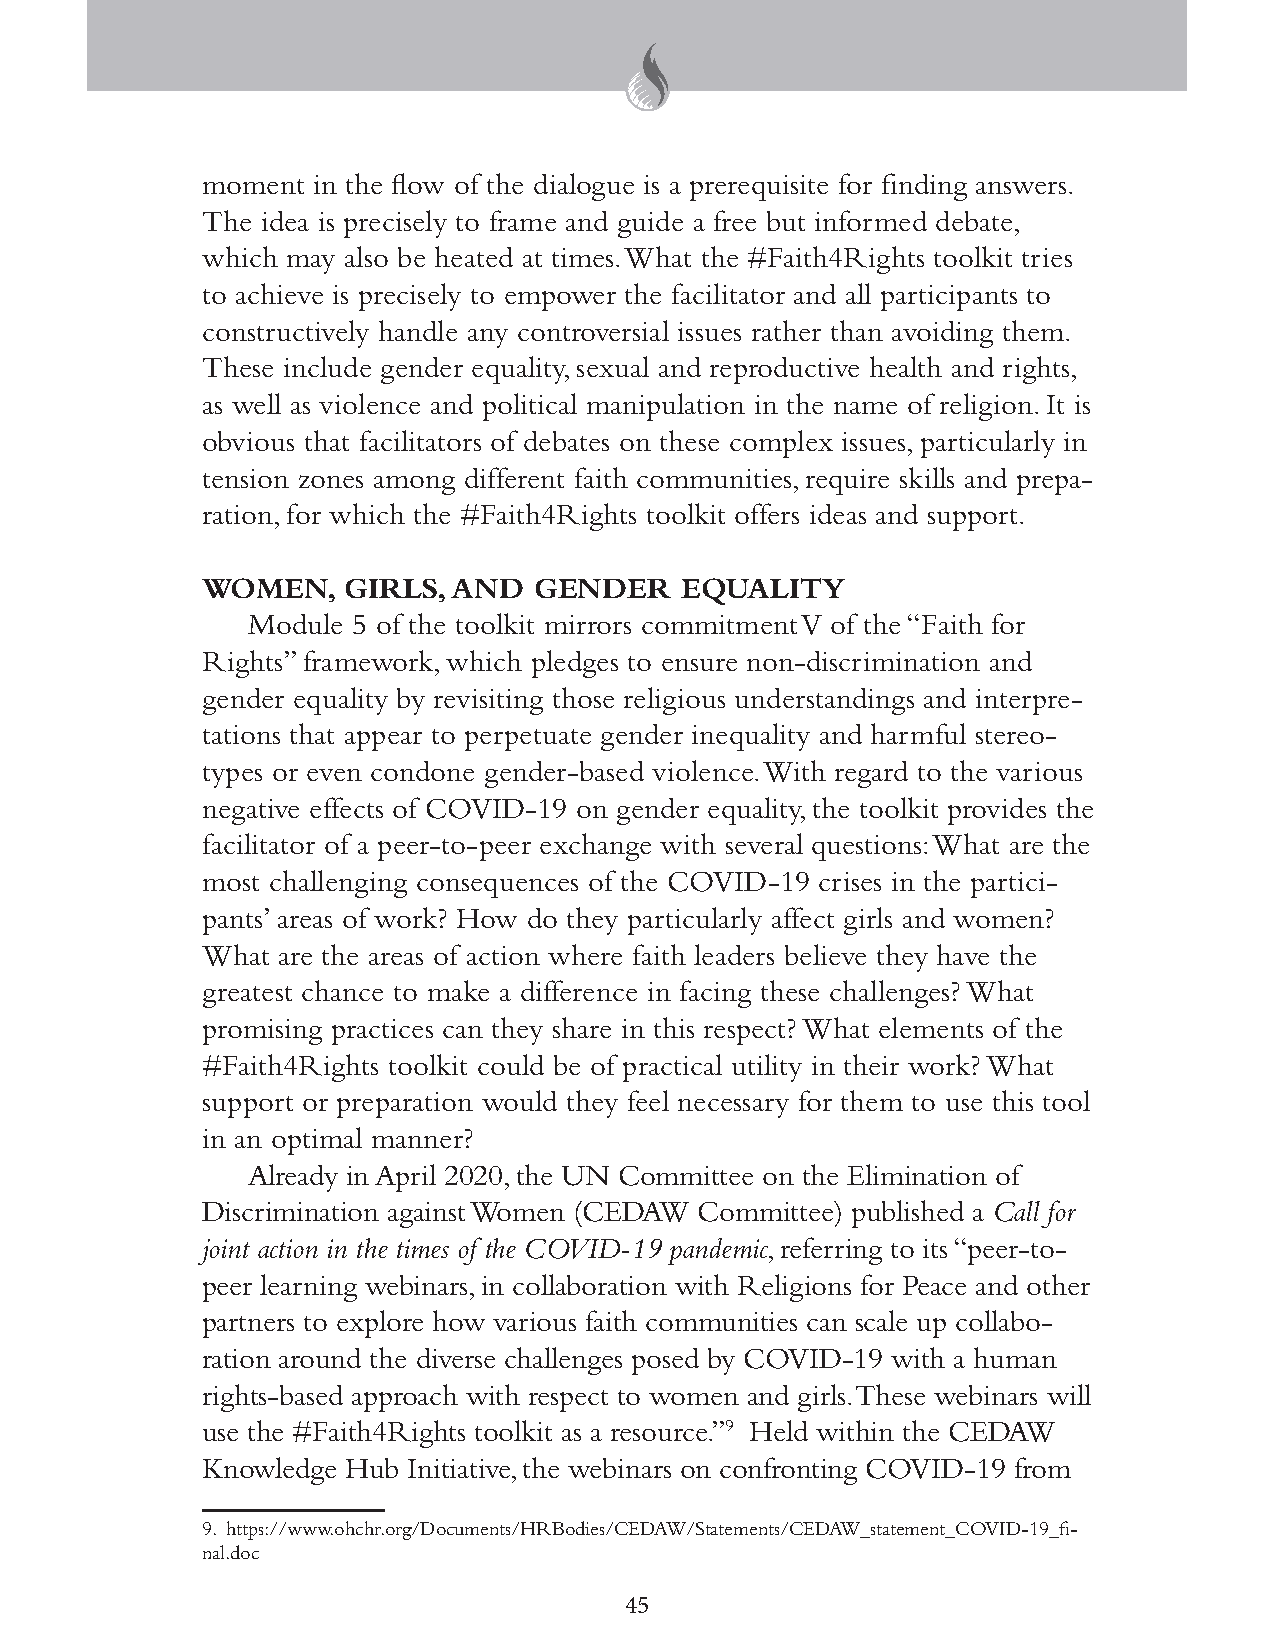
moment  in the flow of the dialogue is a prerequisite for finding answers.
 The idea is precisely to frame and guide a free but informed debate,
 which may also be heated at times. What the #Faith4Rights toolkit tries
 to achieve is precisely to empower the facilitator and all participants to
 constructively handle any controversial issues rather than avoiding them.
 These include gender equality, sexual and reproductive health and rights,
 as well as violence and political manipulation in the name of religion. It is
 obvious that facilitators of debates on these complex issues, particularly in
 tension zones among different faith communities, require skills and prepa-
 ration, for which the #Faith4Rights toolkit offers ideas and support.
 WOMEN,    GIRLS, AND  GENDER    EQUALITY
 Module 5 of the toolkit mirrors commitment V of the “Faith for
 Rights” framework, which pledges to ensure non-discrimination and
 gender equality by revisiting those religious understandings and interpre-
 tations that appear to perpetuate gender inequality and harmful stereo-
 types or even condone gender-based violence. With regard to the various
 negative effects of COVID-19 on gender equality, the toolkit provides the
 facilitator of a peer-to-peer exchange with several questions: What are the
 most challenging consequences of the COVID-19 crises in the partici-
 pants’ areas of work? How do they particularly affect girls and women?
 What are the areas of action where faith leaders believe they have the
 greatest chance to make a difference in facing these challenges? What
 promising practices can they share in this respect? What elements of the
 #Faith4Rights toolkit could be of practical utility in their work? What
 support or preparation would they feel necessary for them to use this tool
 in an optimal manner?
 Already in April 2020, the UN Committee on the Elimination of
 Discrimination against Women (CEDAW Committee) published a Call for
 joint action in the times of the COVID-19 pandemic, referring to its “peer-to-
 peer learning webinars, in collaboration with Religions for Peace and other
 partners to explore how various faith communities can scale up collabo-
 ration around the diverse challenges posed by COVID-19 with a human
 rights-based approach with respect to women and girls. These webinars will
 use the #Faith4Rights toolkit as a resource.”9 Held within the CEDAW
 Knowledge Hub Initiative, the webinars on confronting COVID-19 from
 9. https://www.ohchr.org/Documents/HRBodies/CEDAW/Statements/CEDAW_statement_COVID-19_fi-
 nal.doc
 45